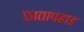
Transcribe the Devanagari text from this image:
छातापहाड